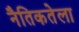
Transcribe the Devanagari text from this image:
नैतिकतेला